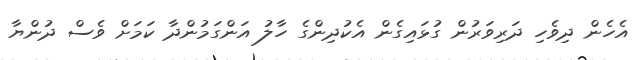
އެހެން ދިވެހި ދަރިވަރުން ގުޅައިގެން އެކުދިންގެ ހާލު އަންގަމުންދާ ކަމަށް ވެސް ދުންޔާ